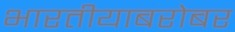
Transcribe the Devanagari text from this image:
भारतीयाबरोबर